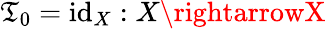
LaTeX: \mathfrak{T}_{0}=\mathrm{{id}}_{X}:X\rightarrowX